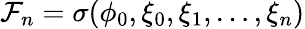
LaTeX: \mathcal{F}_{n}=\sigma(\phi_{0},\xi_{0},\xi_{1},\dots,\xi_{n})